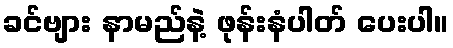
ခင်ဗျား နာမည်နဲ့ ဖုန်းနံပါတ် ပေးပါ။